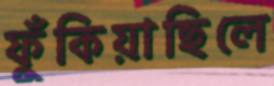
ফুঁকিয়াছিলে